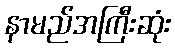
နာမည်အကြီးဆုံး